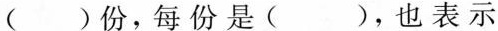
()份，每份是()，也表示